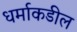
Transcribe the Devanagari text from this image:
धर्माकडील